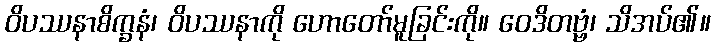
ဝိပဿနာစိက္ခနံ၊ ဝိပဿနာကို ဟောတော်မူခြင်းကို။ ဝေဒိတဗ္ဗံ၊ သိအပ်၏။